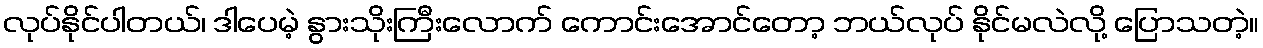
လုပ်နိုင်ပါတယ်၊ ဒါပေမဲ့ နွားသိုးကြီးလောက် ကောင်းအောင်တော့ ဘယ်လုပ် နိုင်မလဲလို့ ပြောသတဲ့။